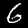
Digit: 6